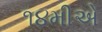
૧૪મીએ